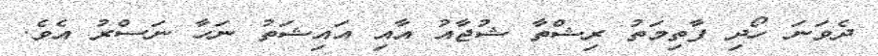
ދެވަނަ ހޯދި ފާތިމަތު ރިޝްތާ ޝުޖާއު އާއި އައިޝަތު ނަހާ ނަސްރު އެވެ.